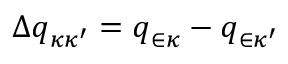
\Delta \boldsymbol { q } _ { \kappa \kappa ^ { \prime } } = \boldsymbol { q } _ { \in \kappa } - \boldsymbol { q } _ { \in \kappa ^ { \prime } }